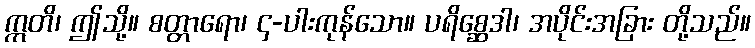
ဣတိ၊ ဤသို့။ စတ္တာရော၊ ၄-ပါးကုန်သော။ ပရိစ္ဆေဒါ၊ အပိုင်းအခြား တို့သည်။